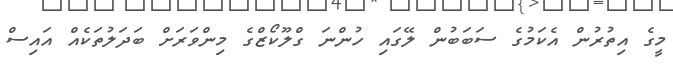
މީގެ އިތުރުން އެކަމުގެ ސަބަބުން ލޭގައި ހުންނަ ގްލޫކޯޒްގެ މިންވަރަށް ބަދަލުތަކެއް އައިސް